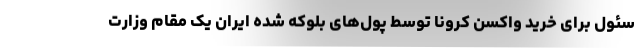
سئول برای خرید واکسن کرونا توسط پول‌های بلوکه شده ایران یک مقام وزارت